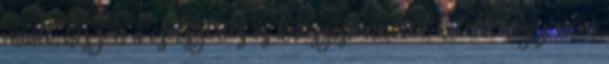
miatt, hiszen a cselszövés és káoszistennőtől kitelt, hogy nem